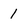
Character: 1